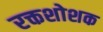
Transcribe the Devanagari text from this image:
रक्तशोशक